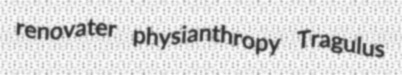
renovater physianthropy Tragulus